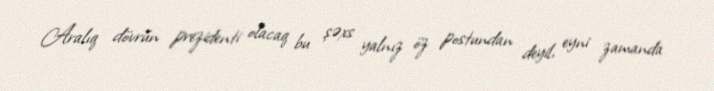
Aralıq dövrün prezidenti olacaq bu şəxs yalnız öz postundan deyil, eyni zamanda